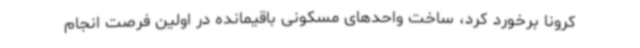
کرونا برخورد کرد، ساخت واحدهای مسکونی باقیمانده در اولین فرصت انجام